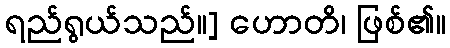
ရည်ရွယ်သည်။] ဟောတိ၊ ဖြစ်၏။